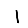
Digit: 1